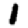
Digit: 1